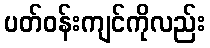
ပတ်ဝန်းကျင်ကိုလည်း